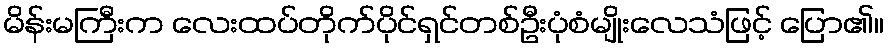
မိန်းမကြီးက လေးထပ်တိုက်ပိုင်ရှင်တစ်ဦးပုံစံမျိုးလေသံဖြင့် ပြော၏။